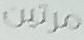
مرتين